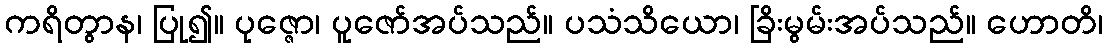
ကရိတွာန၊ ပြု၍။ ပုဇ္ဇော၊ ပူဇော်အပ်သည်။ ပသံသိယော၊ ခြိးမွမ်းအပ်သည်။ ဟောတိ၊